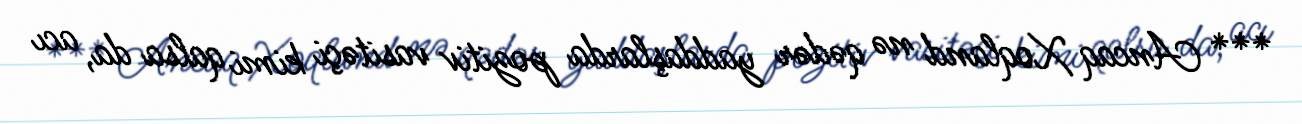
*** Ancaq Xoqland nə qədər yaddaşlarda pozitiv vasitəçi kimi qalsa da, acı